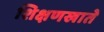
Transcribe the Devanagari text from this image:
शिक्षणखाते